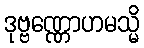
ဒုဗ္ဗဏ္ဏောဟမသ္မိ